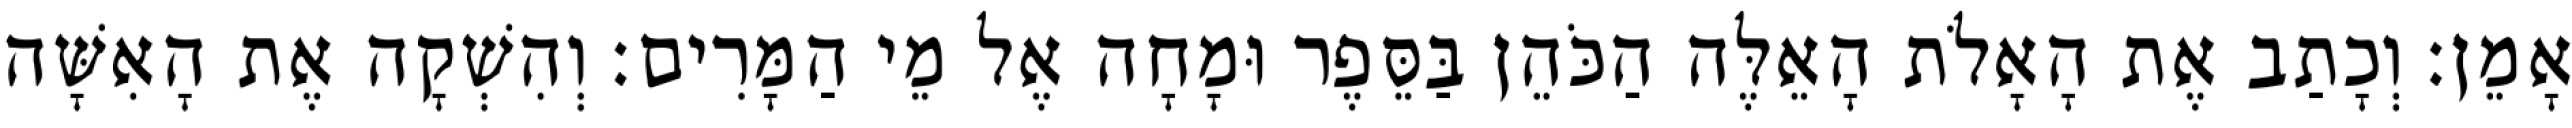
אָמֵן׃ וְכָתַב אֶת הָאָלֹת הָאֵלֶּה הַכֹּהֵן בַּסֵּפֶר וּמָחָה אֶל מֵי הַמָּרִים׃ וְהִשְׁקָה אֶת הָאִשָּׁה